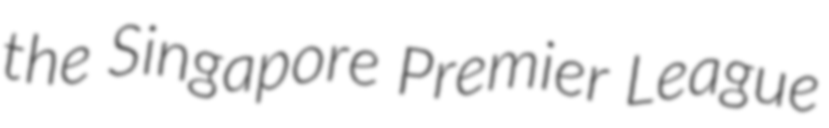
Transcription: the Singapore Premier League